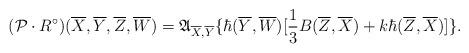
LaTeX: \begin{align*} ({\mathcal{P} \cdot R^{\circ}})(\overline{X},\overline{Y},\overline{Z}, \overline{W})=\mathfrak{A}_{\overline{X}, \overline{Y}}\{\hbar(\overline{Y},\overline{W})[\frac{1}{3}B(\overline{Z},\overline{X})+k\hbar(\overline{Z},\overline{X})]\}.\end{align*}